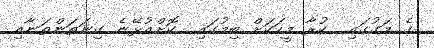
ގެ މަގުގައި  ކުރާ މީހަކަށް ބިމުގައި  ކޮށްއުޅޭނެ ގިނަތަންތަނާއި